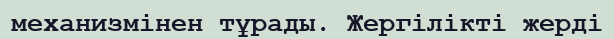
механизмінен тұрады. Жергілікті жерді